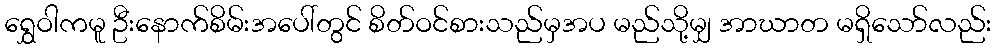
ရွှေဝါကမူ ဦးနောက်စိမ်းအပေါ်တွင် စိတ်ဝင်စားသည်မှအပ မည်သို့မျှ အာဃာတ မရှိသော်လည်း